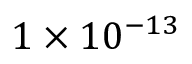
1 \times 1 0 ^ { - 1 3 }